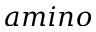
a m i n o